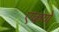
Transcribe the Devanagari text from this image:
एकणे